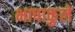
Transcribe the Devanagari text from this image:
भाषाकुले